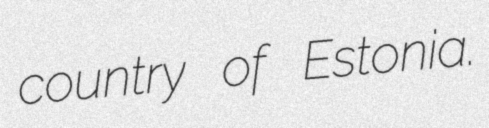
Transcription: country of Estonia.